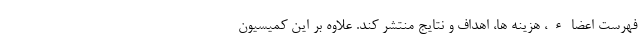
فهرست اعضاء، هزینه ها، اهداف و نتایج منتشر کند. علاوه بر این کمیسیون